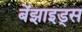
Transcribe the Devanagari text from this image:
बेंझाइड्स